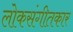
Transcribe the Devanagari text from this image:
लोकसंगीतकार